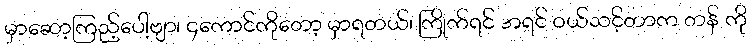
မှာဆော့ကြည့်ပေါ့ဗျာ၊ ၄ကောင်ကိုတော့ မှာရတယ်၊ ကြိုက်ရင် အရင် ဝယ်သင့်တာက တန် ကို